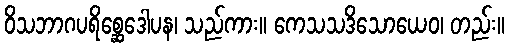
ဝိသဘာဂပရိစ္ဆေဒေါပန၊ သည်ကား။ ကေသသဒိသောယေဝ၊ တည်း။